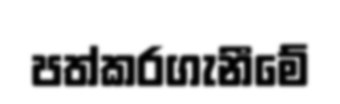
පත්කරගැනීමේ